Punjab Mental Hospital Lahore 1922-31 - 1922-1931
Year: 1922
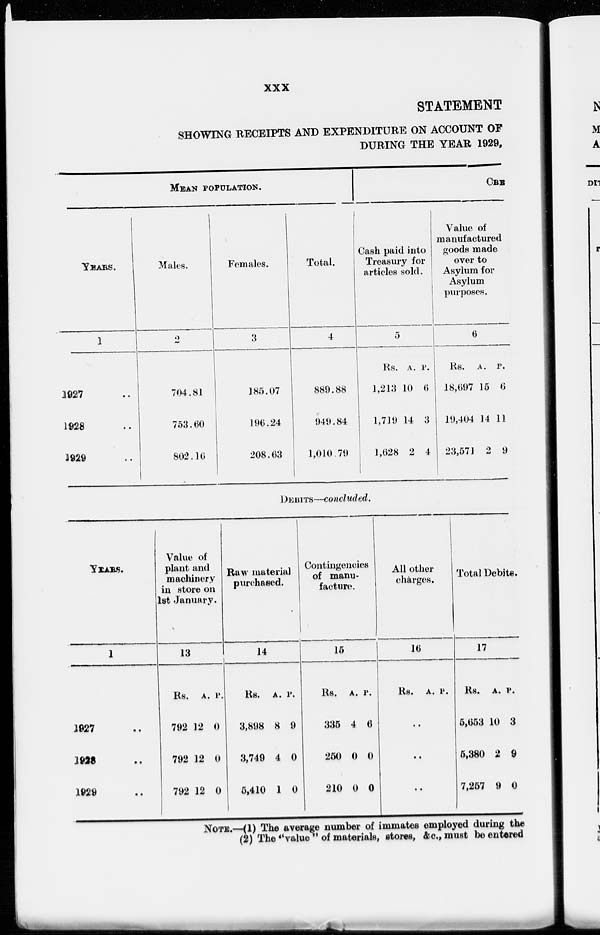
xxx
STATEMENT
SHOWING RECEIPTS AND EXPENDITURE ON ACCOUNT OF
DURING THE YEAR 1929,
MEAN POPULATION.
YEARS.
1
1927 ..
1928 ..
1929 ..
Males.
2
704.81
753.60
802.16
Females.
3
185.07
196.24
208.63
Total.
4
889.88
949.84
1,010.79
CRE
Cash paid into
Treasury for
articles sold.
5
Rs.
1,213
1,719
1,628
A.
10
14
2
P.
6
3
4
Value of
manufactured
goods made
over to
Asylum for
Asylum
purposes.
6
Rs.
18,697
19,404
23,571
A.
15
14
2
P.
6
11
9
DEBITS — concluded.
YEARS.
1
1927 ..
1928 ..
1929 ..
Value of
plant and
machinery
in store on
1st January.
13
Rs.
792
792
792
A.
12
12
12
P.
0
0
0
Raw material
purchased.
14
Rs.
3,898
3,749
5,410
A.
8
4
1
P.
9
0
0
Contingencies
of manu-
facture.
15
Rs.
335
250
210
A.
4
0
0
P.
6
0
0
All other
charges.
16
Rs. A. P.
..
..
..
Total Debits.
17
Rs.
5,653
5,380
7,257
A.
10
2
9
P.
3
9
0
NOTE.—(1) The average number of immates employed during the
(2) The "value" of materials, stores, &c., must be entered